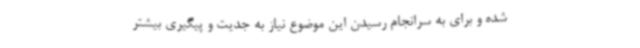
شده و برای به سرانجام رسیدن این موضوع نیاز به جدیت و پیگیری بیشتر